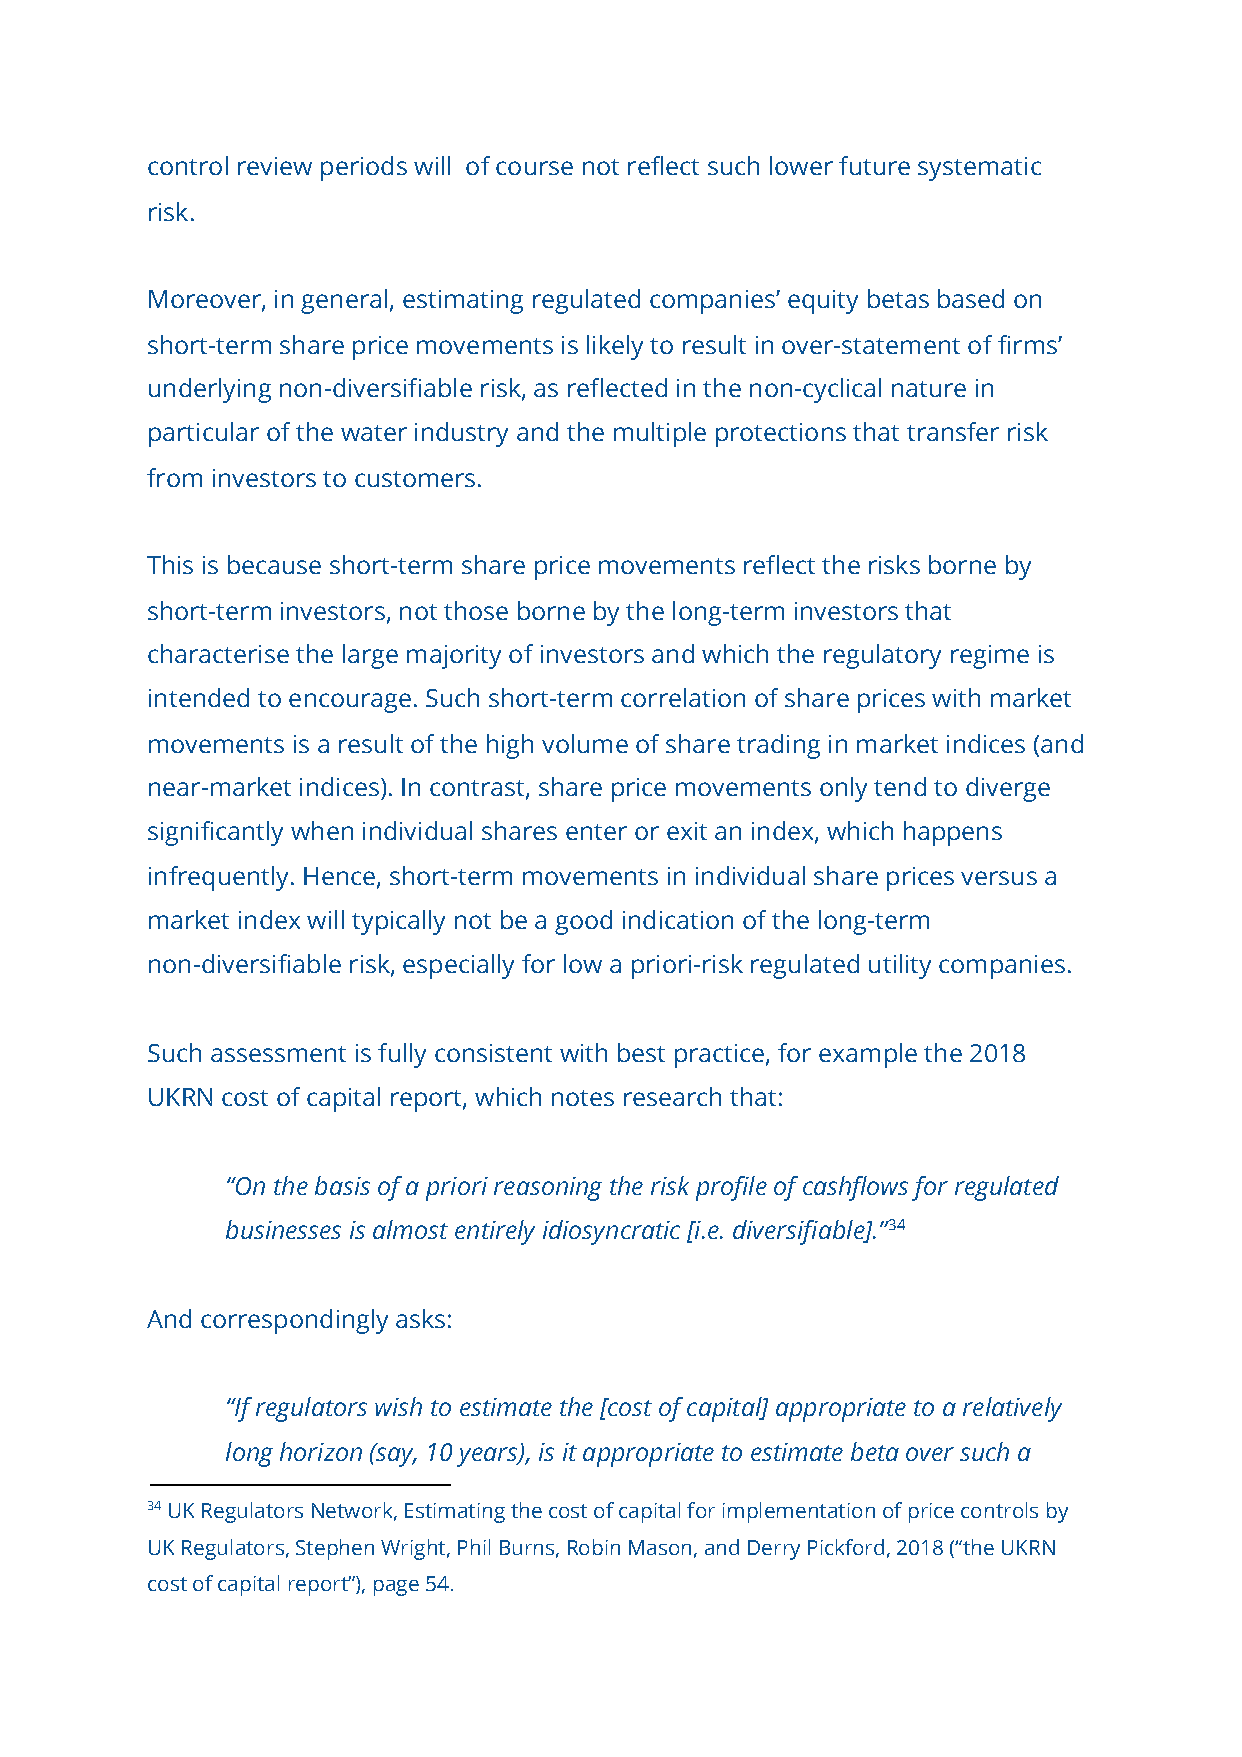
control review periods will of course not reflect such lower future systematic
 risk.
 Moreover, in general, estimating regulated companies’ equity betas based on
 short-term share price movements is likely to result in over-statement of firms’
 underlying non-diversifiable risk, as reflected in the non-cyclical nature in
 particular of the water industry and the multiple protections that transfer risk
 from investors to customers.
 This is because short-term share price movements reflect the risks borne by
 short-term investors, not those borne by the long-term investors that
 characterise the large majority of investors and which the regulatory regime is
 intended to encourage. Such short-term correlation of share prices with market
 movements is a result of the high volume of share trading in market indices (and
 near-market indices). In contrast, share price movements only tend to diverge
 significantly when individual shares enter or exit an index, which happens
 infrequently. Hence, short-term movements in individual share prices versus a
 market index will typically not be a good indication of the long-term
 non-diversifiable risk, especially for low a priori-risk regulated utility companies.
 Such assessment is fully consistent with best practice, for example the 2018
 UKRN cost of capital report, which notes research that:
 “On the basis of a priori reasoning the risk profile of cashflows for regulated
 businesses is almost entirely idiosyncratic [i.e. diversifiable].”​34
 And correspondingly asks:
 “If regulators wish to estimate the [cost of capital] appropriate to a relatively
 long horizon (say, 10 years), is it appropriate to estimate beta over such a
 34 UK Regulators Network, Estimating the cost of capital for implementation of price controls by
 UK Regulators, Stephen Wright, Phil Burns, Robin Mason, and Derry Pickford, 2018 (“the UKRN
 cost of capital report”), page 54.